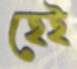
হেই